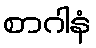
စာဂါနံ